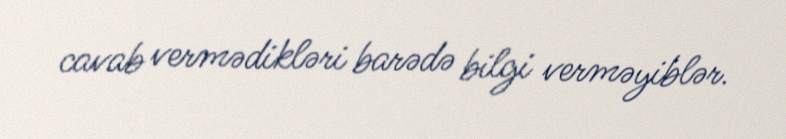
cavab vermədikləri barədə bilgi verməyiblər.